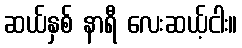
ဆယ်နှစ် နာရီ လေးဆယ့်ငါး။